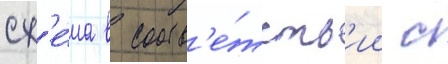
сх'е́ма в соотв'е́тств'ии с